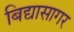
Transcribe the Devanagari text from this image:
बिद्यासागर